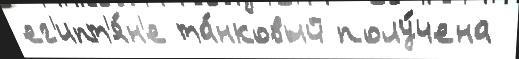
ег'ипт'я́н'е та́нковый полу́чена